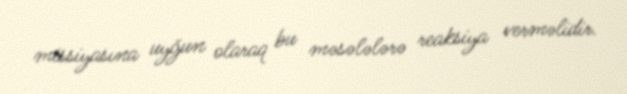
missiyasına uyğun olaraq bu məsələlərə reaksiya verməlidir.